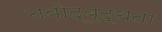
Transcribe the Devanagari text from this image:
नवोद्बुद्धता